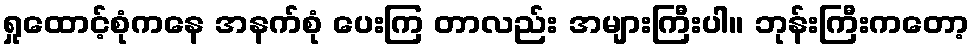
ရှုထောင့်စုံကနေ အနက်စုံ ပေးကြ တာလည်း အများကြီးပါ။ ဘုန်းကြီးကတော့